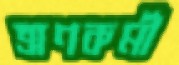
ত্রাণকর্মী